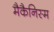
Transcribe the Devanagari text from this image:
मैकैनिस्म